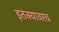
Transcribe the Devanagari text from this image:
इतक्यावरच